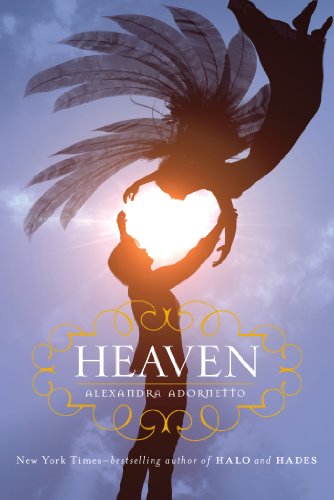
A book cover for Heaven (Halo Trilogy); Alexandra Adornetto; Teen & Young Adult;